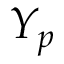
Y _ { p }